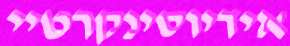
אידיוסינקרטיי